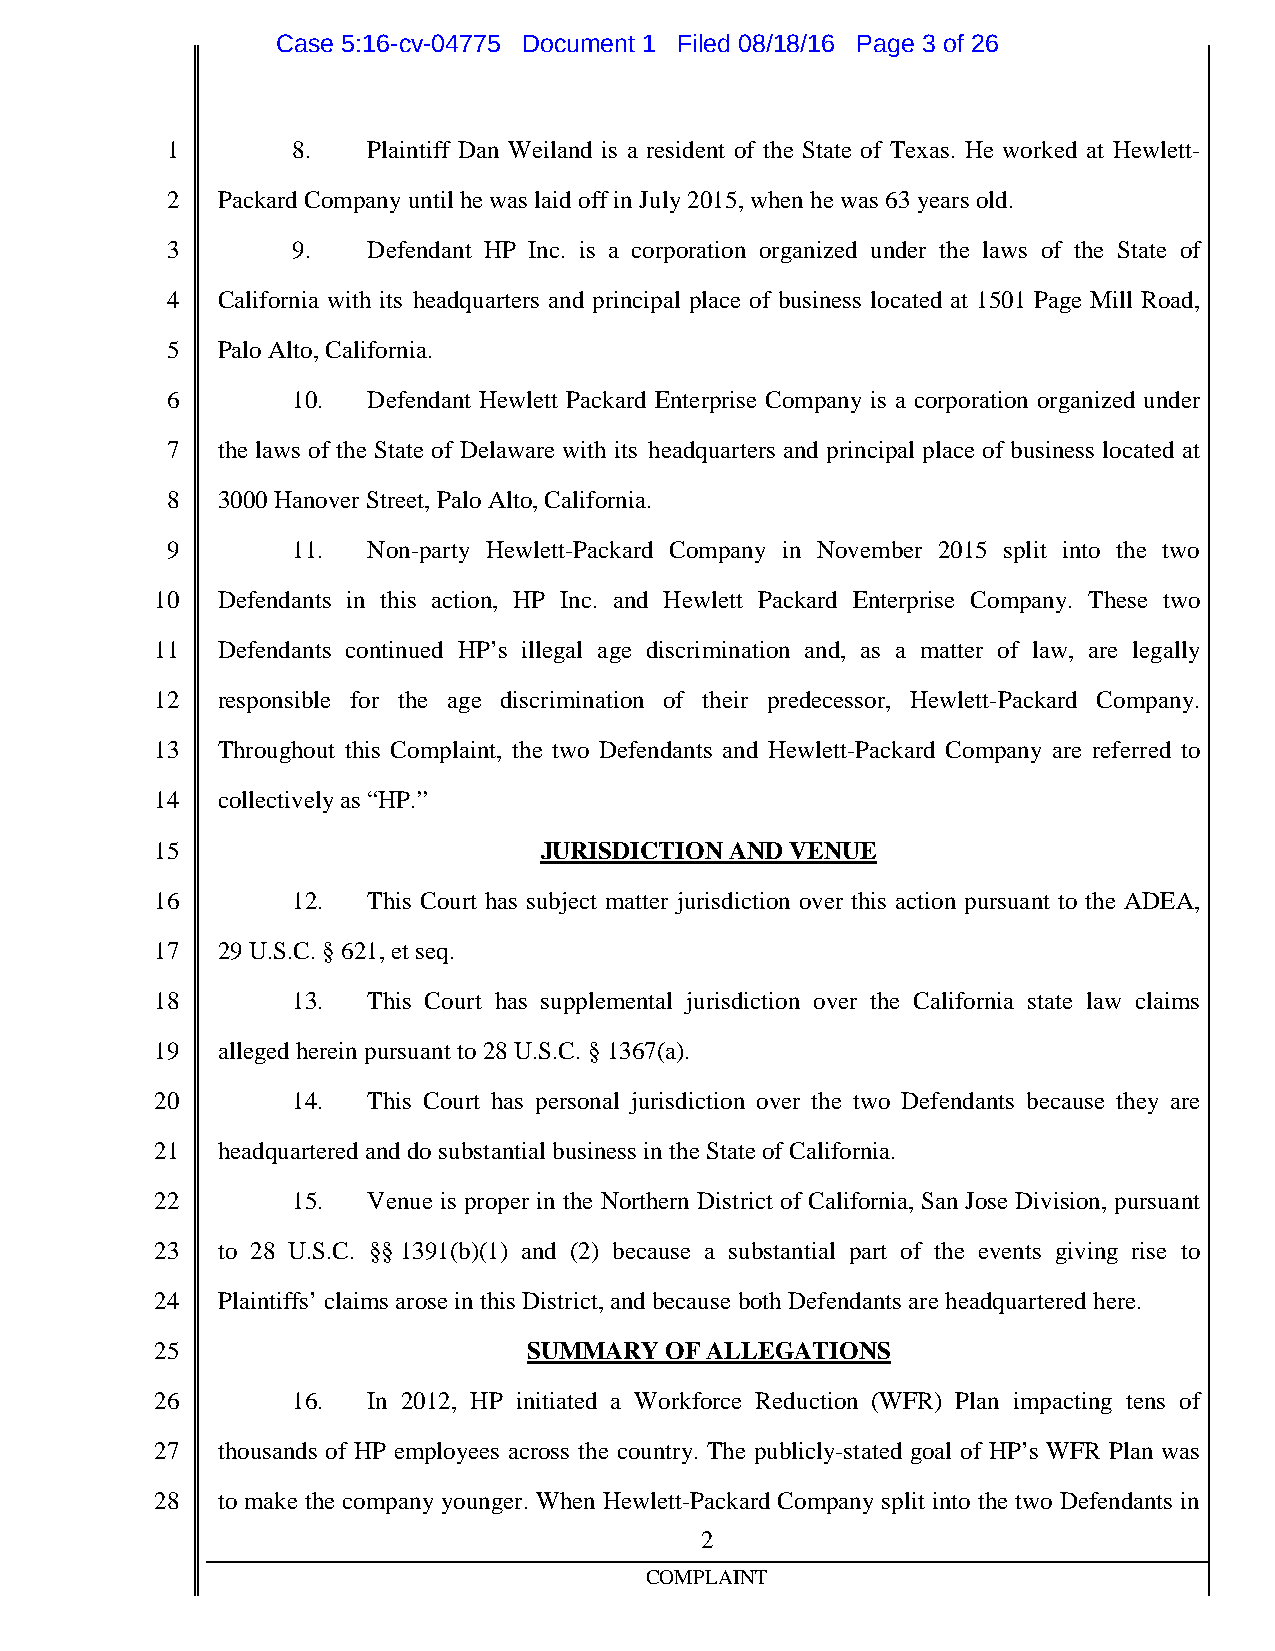
Case 5:16-cv-04775 Document 1 Filed 08/18/16 Page 3 of 26
 1       8.   Plaintiff Dan Weiland is a resident of the State of Texas. He worked at Hewlett-
 2  PackardCompanyuntil hewas laidoffinJuly2015,whenhewas 63 years old.
 3       9.   Defendant HP Inc. is a corporation organized under the laws of the State of
 4  California with its headquarters and principal place of business located at 1501 Page Mill Road,
 5  PaloAlto,California.
 6       10.  Defendant Hewlett Packard Enterprise Company is a corporation organized under
 7  the laws of the State of Delaware with its headquarters and principal place of business located at
 8  3000HanoverStreet,Palo Alto,California.
 9       11.  Non-party Hewlett-Packard Company in November 2015 split into the two
 10  Defendants in this action, HP Inc. and Hewlett Packard Enterprise Company. These two
 11  Defendants continued HP’s illegal age discrimination and, as a matter of law, are legally
 12  responsible for the age discrimination of their predecessor, Hewlett-Packard Company.
 13  Throughout this Complaint, the two Defendants and Hewlett-Packard Company are referred to
 14  collectivelyas “HP.”
 15                        JURISDICTIONAND VENUE
 16       12.  This Court has subject matter jurisdiction over this action pursuant to the ADEA,
 17  29U.S.C.§621,et seq.
 18       13.  This Court has supplemental jurisdiction over the California state law claims
 19  allegedhereinpursuant to28U.S.C.§1367(a).
 20       14.  This Court has personal jurisdiction over the two Defendants because they are
 21  headquartered anddosubstantial business intheStateofCalifornia.
 22       15.  Venue is proper in the Northern District of California, San Jose Division, pursuant
 23  to 28 U.S.C. §§1391(b)(1) and (2) because a substantial part of the events giving rise to
 24  Plaintiffs’claims aroseinthis District,andbecausebothDefendants areheadquarteredhere.
 25                       SUMMARYOFALLEGATIONS
 26       16.  In 2012, HP initiated a Workforce Reduction (WFR) Plan impacting tens of
 27  thousands of HP employees across the country. The publicly-stated goal of HP’s WFR Plan was
 28  to make the company younger. When Hewlett-Packard Company split into the two Defendants in
 2
 COMPLAINT